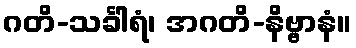
ဂတိ-သင်္ခါရံ၊ အဂတိ-နိဗ္ဗာနံ။